Eesti_Vabariigi_Tartu_Ulikool, lk 68
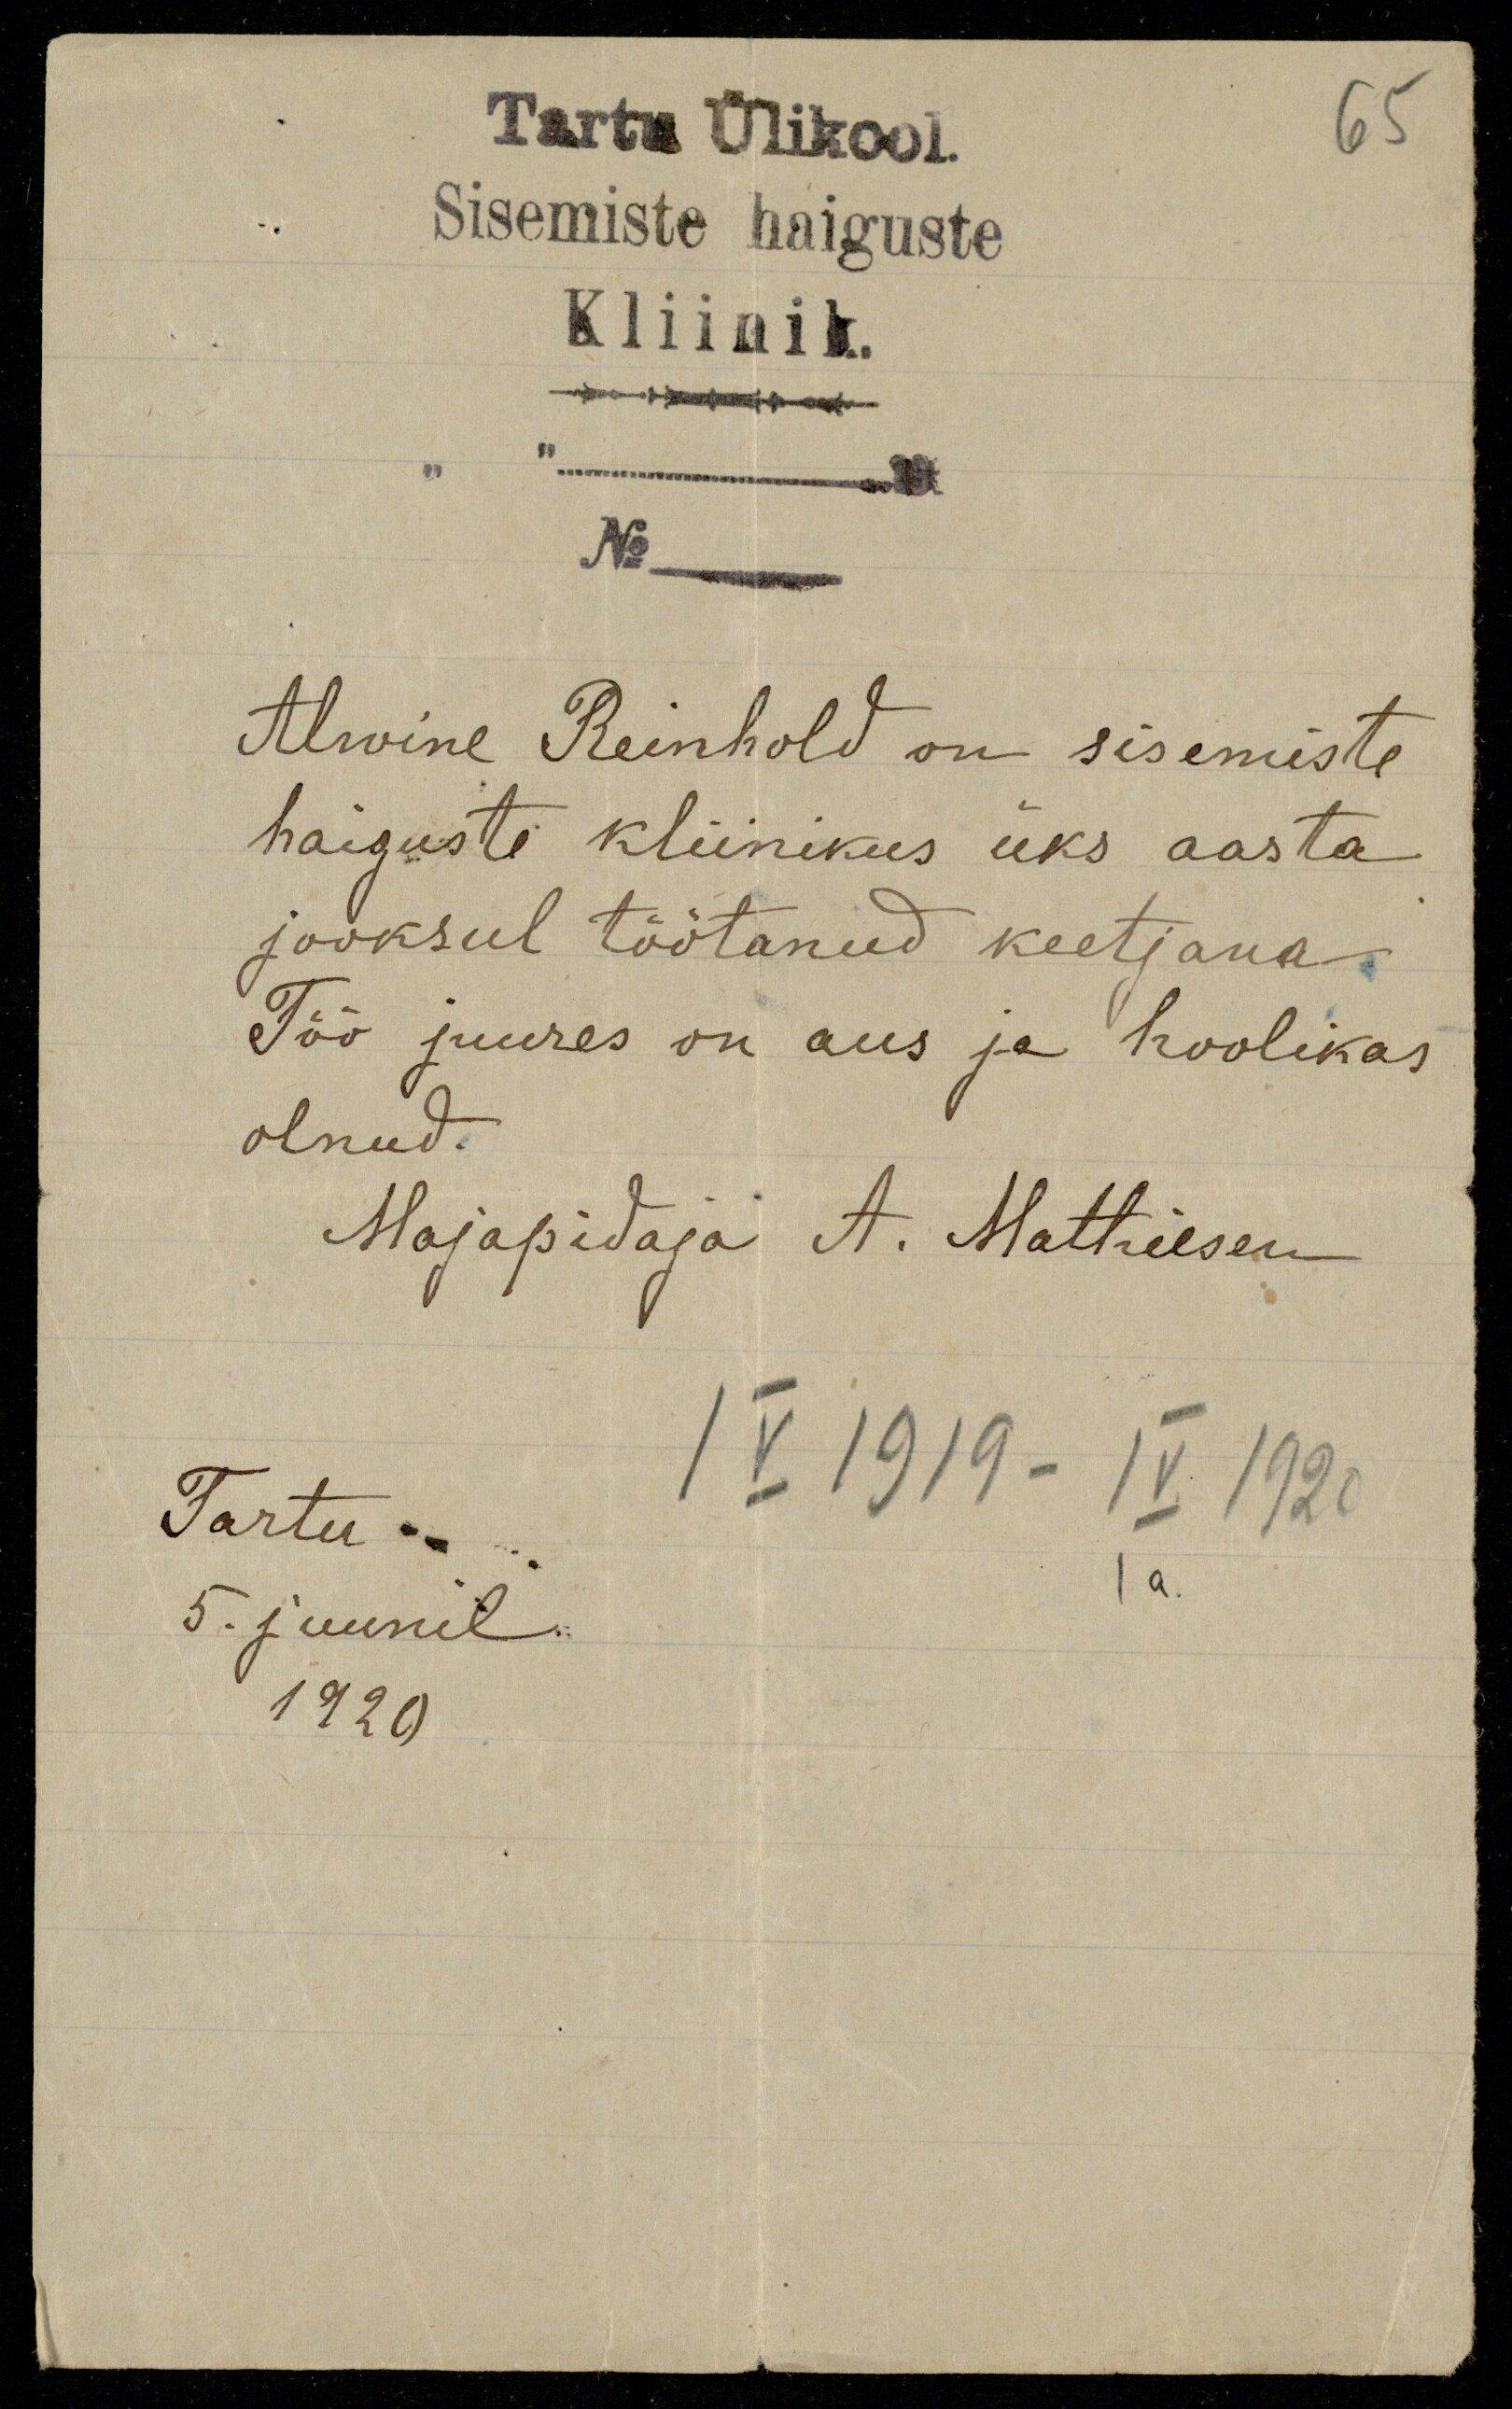
65
Tartu Ülikool.
Sisemiste haiguste
Kliinik.
No
Alwine Reinhold on sisemiste
haiguste kliinikus üks aasta
jooksul töötanud keetjana
Töö juures on aus ja hoolikas
olnud.
Majapidaja A. Mattiesen
IV 1919- IV 1920
Tartu
5. juunil.
I a.
1920